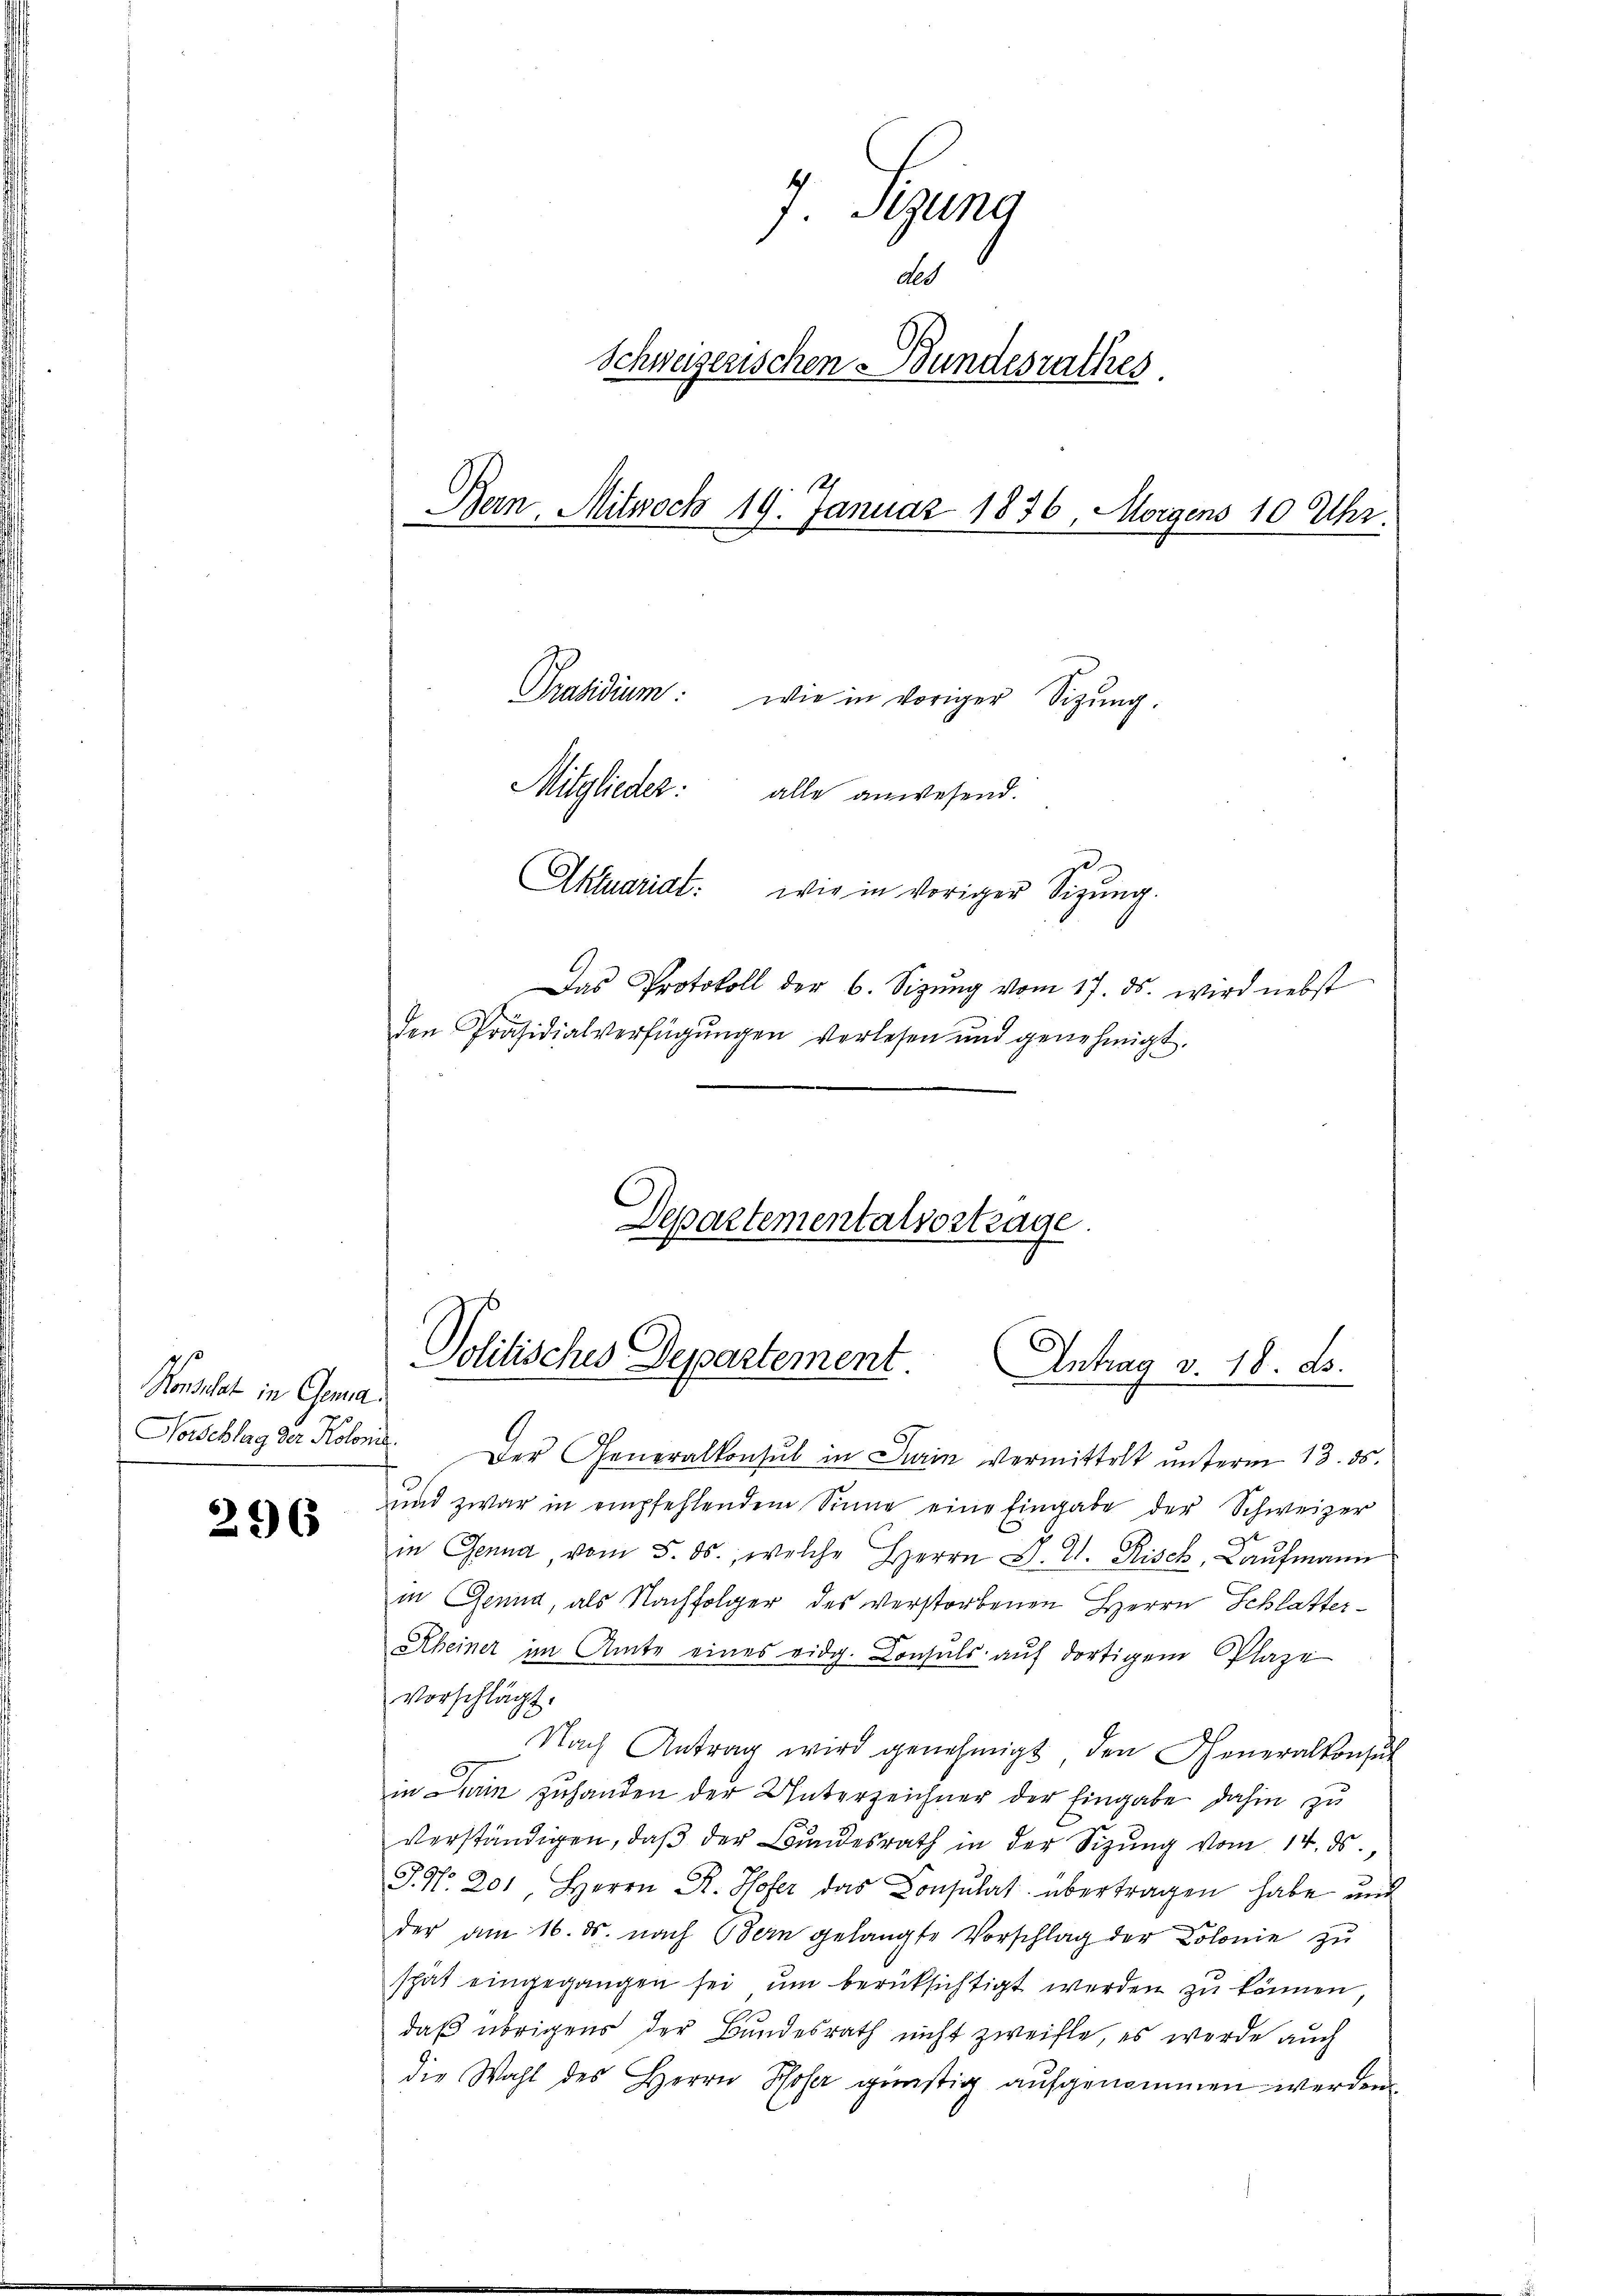
Konsulat in Gema
Horschlag der Kolonis.

296

Der Generalkonsul in Turin vermittelt unterm 13. ds.
ŭnd zwar in empfehlendem Sinne eine Eingabe der Schweizer
in Genua, vom 5. ds., welche Herrn J. H. Risch, Kaufmann
in Grund, als Nachfolger des verstorbenen Herrn Schlatter¬
Rheiner im Amte eines eidg. Consuls aŭf dortigem Plaze
Vorschlägt.
Nach Antrag wird genehmigt, den Cheneralkonsul
in Darin zuhanden der Unterzeichner der Eingabe dahin zu
verständigen, daβ der Bundesrath in der Sizung vom 14. ds
P. Nr. 201 Herrn R. Hofer das Consulat übertragen habe und
der am 16. ds. nach Bern gelangte Vorschlag der Colonie zŭ
spät eingegangen sei ŭm berüksichtigt werden zu können,
daß übrigens der Bundesrath nicht zweifle, es werde auch
die Wahl des Herrn Sohn günstig aŭfgenommen werden.

7. Sizung
det
Schweizerischen Bundesrathes.
Bern Mitwoch 19. Januar 1836, Morgens 10 Uhr.
Präsidium: wie in voriger Sizŭng.
Mitglieder: alle anwesend.
Aktuariat: wie in voriger Sizŭng.
Das Protokoll der 6. Sizung vom 17. ds. wird nebst
den Präsidialverfügŭngen verlesen und genehmigt.

Departementalsortrage.
Politisches Departement. Antrag v. 18. d.